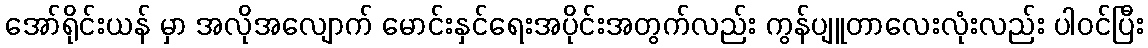
အော်ရိုင်းယန် မှာ အလိုအလျောက် မောင်းနှင်ရေးအပိုင်းအတွက်လည်း ကွန်ပျူတာလေးလုံးလည်း ပါဝင်ပြီး